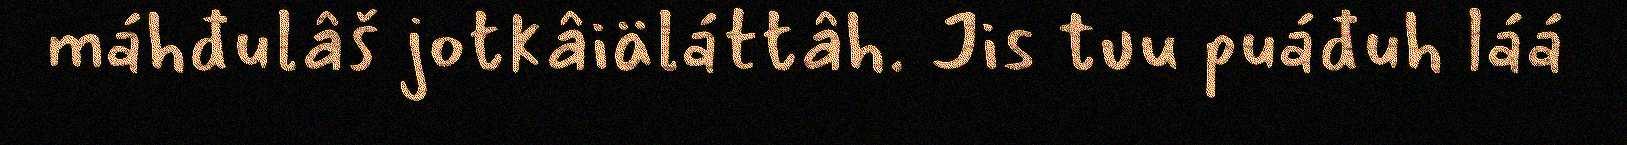
máhđulâš jotkâiäláttâh. Jis tuu puáđuh láá